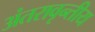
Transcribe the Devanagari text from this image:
अंतरावृन्तीय